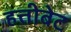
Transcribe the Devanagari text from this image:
हत्तीबेट